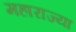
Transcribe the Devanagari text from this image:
महाराज्या